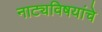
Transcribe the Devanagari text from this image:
नाट्यविषयांचे